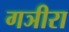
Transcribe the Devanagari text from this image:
गञीरा